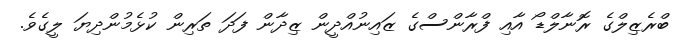
ބްރެޒިލްގެ ރޮނާލްޑޯ އާއި ފްރާންސްގެ ޒައިނުއްދީން ޒިދާން ފަދަ ތަރިން ކުޅެމުންދިޔަ ލީގެވެ.